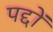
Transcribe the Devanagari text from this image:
पद्दों